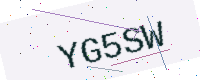
Text: YG5SW